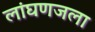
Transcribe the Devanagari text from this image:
लांघणजला